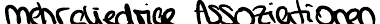
mehrgliedrige Assoziationen